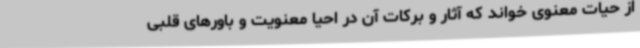
از حیات معنوی خواند که آثار و برکات آن در احیا معنویت و باورهای قلبی